Civil Veterinary Dept. Assam report 1927-50 - 1927-1950
Year: 1927
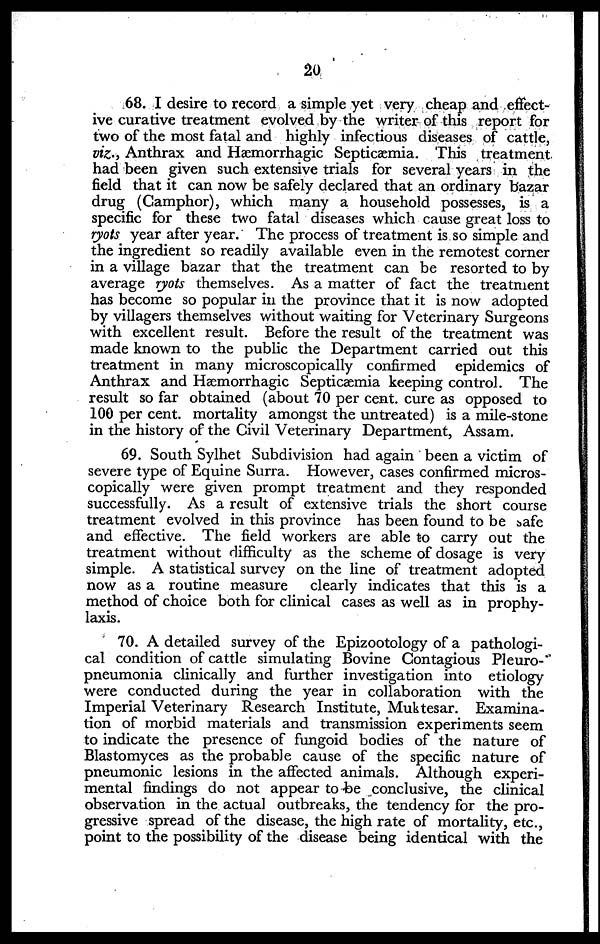
20
68. I desire to record a simple yet very cheap and effect-
ive curative treatment evolved by the writer of this report for
two of the most fatal and highly infectious diseases of cattle,
viz., Anthrax and Hæmorrhagic Septicaemia. This treatment
had been given such extensive trials for several years in the
field that it can now be safely declared that an ordinary bazar
drug (Camphor), which many a household possesses, is a
specific for these two fatal diseases which cause great loss to
ryots year after year. The process of treatment is so simple and
the ingredient so readily available even in the remotest corner
in a village bazar that the treatment can be resorted to by
average ryots themselves. As a matter of fact the treatment
has become so popular in the province that it is now adopted
by villagers themselves without waiting for Veterinary Surgeons
with excellent result. Before the result of the treatment was
made known to the public the Department carried out this
treatment in many microscopically confirmed epidemics of
Anthrax and Hæmorrhagic Septicaemia keeping control. The
result so far obtained (about 70 per cent. cure as opposed to
100 per cent. mortality amongst the untreated) is a mile-stone
in the history of the Civil Veterinary Department, Assam.
69. South Sylhet Subdivision had again been a victim of
severe type of Equine Surra. However, cases confirmed micros-
copically were given prompt treatment and they responded
successfully. As a result of extensive trials the short course
treatment evolved in this province has been found to be safe
and effective. The field workers are able to carry out the
treatment without difficulty as the scheme of dosage is very
simple. A statistical survey on the line of treatment adopted
now as a routine measure
clearly indicates that this is a
method of choice both for clinical cases as well as in prophy-
laxis.
70. A detailed survey of the Epizootology of a pathologi-
cal condition of cattle simulating Bovine Contagious Pleuro-
pneumonia clinically and further investigation into etiology
were conducted during the year in collaboration with the
Imperial Veterinary Research Institute, Muktesar. Examina-
tion of morbid materials and transmission experiments seem
to indicate the presence of fungoid bodies of the nature of
Blastomyces as the probable cause of the specific nature of
pneumonic lesions in the affected animals. Although experi-
mental findings do not appear to be conclusive, the clinical
observation in the actual outbreaks, the tendency for the pro-
gressive spread of the disease, the high rate of mortality, etc.,
point to the possibility of the disease being identical with the